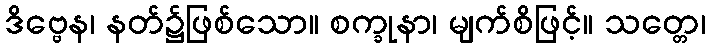
ဒိဗ္ဗေန၊ နတ်၌ဖြစ်သော။ စက္ခုနာ၊ မျက်စိဖြင့်။ သတ္တေ၊